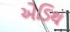
એડિથ